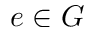
e \in G